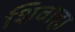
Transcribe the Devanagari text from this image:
शिवाहा